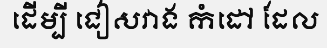
ដើម្បី ជៀសវាង កំដៅ ដែល